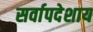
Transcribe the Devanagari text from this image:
सर्वापदेशाय